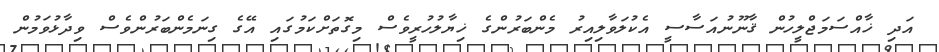
އަދި ޚާއްސަމަޖްލީހުން ޤާނޫނުއަސާސީ އެކުލަވާލިއިރު މެންބަރުންގެ ޚިޔާލުހުރީވެސް މިގޮތަށްކަމުގައި އޭގެ ގިނަމެންބަރުންވެސް ވިދާޅުވަމުން